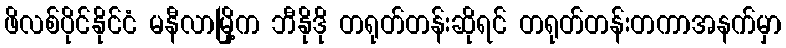
ဖိလစ်ပိုင်နိုင်ငံ မနီလာမြို့က ဘီနိုဒို တရုတ်တန်းဆိုရင် တရုတ်တန်းတကာအနက်မှာ